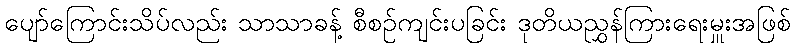
ပျော်ကြောင်းသိပ်လည်း သာသာခန့် စီစဉ်ကျင်းပခြင်း ဒုတိယညွှန်ကြားရေးမှူးအဖြစ်